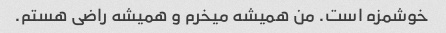
خوشمزه است. من همیشه میخرم و همیشه راضی هستم.